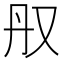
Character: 𫨳